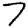
Digit: 7